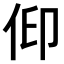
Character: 𠈟